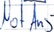
Text: NotAus